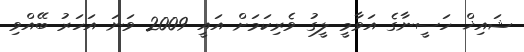
ޝައިޚް ހަސީނާގެ އަވާމީ ލީގު ވެރިކަމަށް އައީ 2009 ވަނަ އަހަރު ބޭއްވި